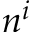
n ^ { i }